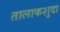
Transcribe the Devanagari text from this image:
तालाकशुदा